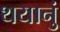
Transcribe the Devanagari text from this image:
थयानुं